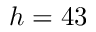
h = 4 3